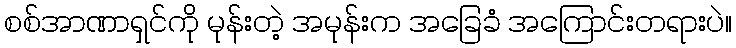
စစ်အာဏာရှင်ကို မုန်းတဲ့ အမုန်းက အခြေခံ အကြောင်းတရားပဲ။